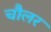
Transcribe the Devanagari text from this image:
चौलर